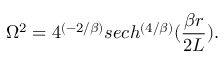
\Omega ^ { 2 } = 4 ^ { ( - 2 / \beta ) } s e c h ^ { \left( { 4 / \beta } \right) } ( { \frac { \beta r } { 2 L } } ) .